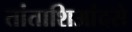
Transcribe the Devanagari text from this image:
तांताशिआंदसे